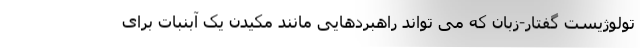
تولوژیست گفتار-زبان که می تواند راهبردهایی مانند مکیدن یک آبنبات برای